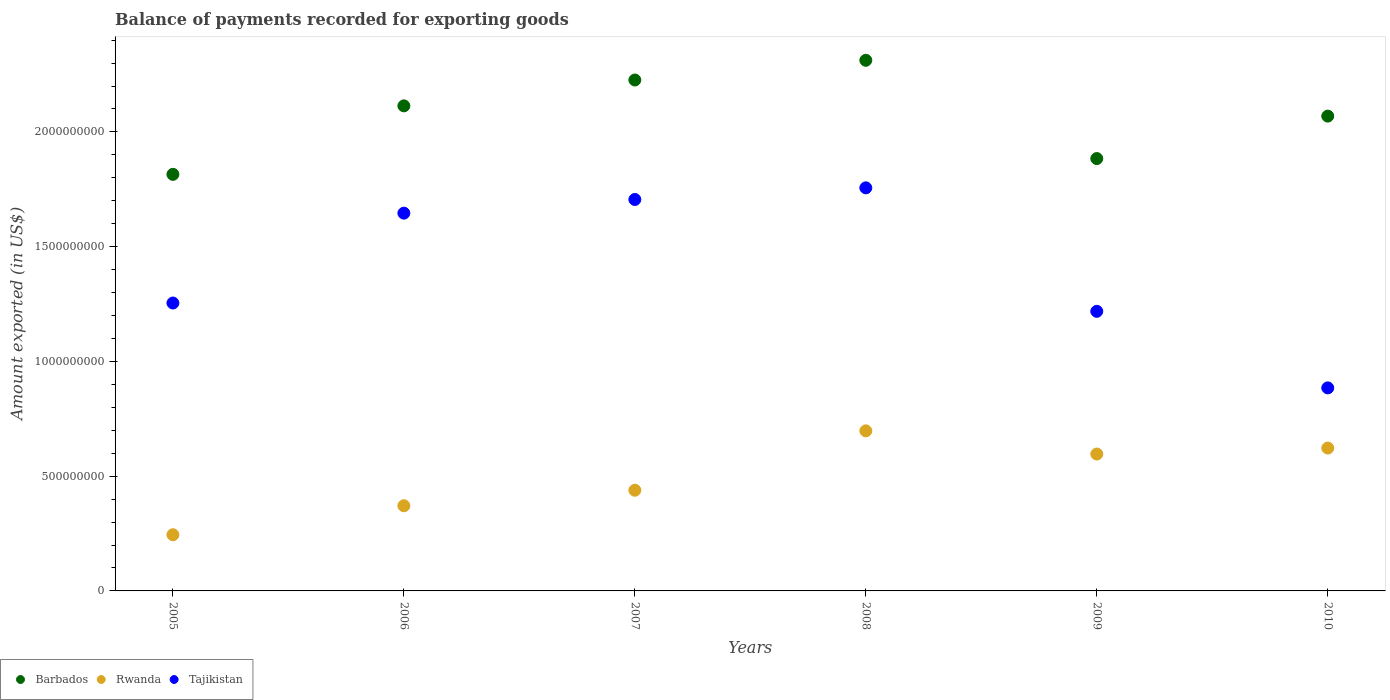
| Years | Barbados | Rwanda | Tajikistan |
 | --- | --- | --- | --- |
 | 2005 | 1.82e+09 | 2.45e+08 | 1.25e+09 |
 | 2006 | 2.11e+09 | 3.71e+08 | 1.65e+09 |
 | 2007 | 2.23e+09 | 4.39e+08 | 1.71e+09 |
 | 2008 | 2.31e+09 | 6.97e+08 | 1.76e+09 |
 | 2009 | 1.88e+09 | 5.96e+08 | 1.22e+09 |
 | 2010 | 2.07e+09 | 6.23e+08 | 8.85e+08 |